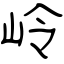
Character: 岭